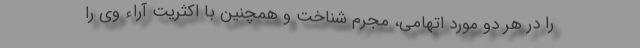
را در هر دو مورد اتهامی، مجرم شناخت و همچنین با اکثریت آراء وی را